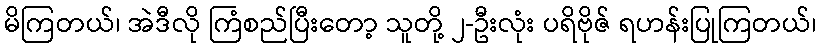
မိကြတယ်၊ အဲဒီလို ကြံစည်ပြီးတော့ သူတို့ ၂-ဦးလုံး ပရိဗိုဇ် ရဟန်းပြုကြတယ်၊